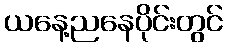
ယနေ့ညနေပိုင်းတွင်